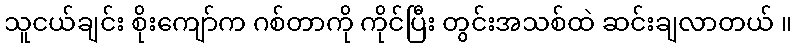
သူငယ်ချင်း စိုးကျော်က ဂစ်တာကို ကိုင်ပြီး တွင်းအသစ်ထဲ ဆင်းချလာတယ် ။